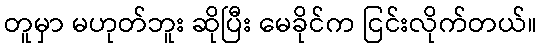
တူမှာ မဟုတ်ဘူး ဆိုပြီး မေခိုင်က ငြင်းလိုက်တယ်။